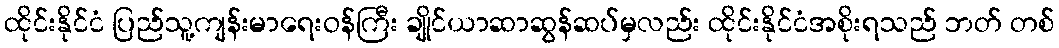
ထိုင်းနိုင်ငံ ပြည်သူ့ကျန်းမာရေးဝန်ကြီး ချိုင်ယာဆာဆွန်ဆပ်မှလည်း ထိုင်းနိုင်ငံအစိုးရသည် ဘတ် တစ်